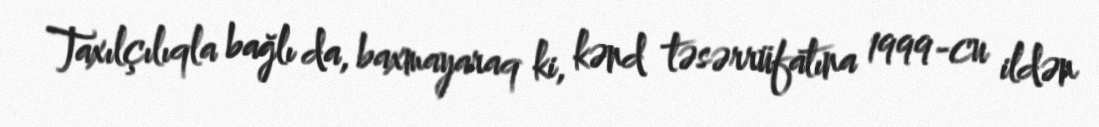
Taxılçılıqla bağlı da, baxmayaraq ki, kənd təsərrüfatına 1999-cu ildən